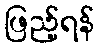
ဖြည့်ရန်